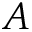
A